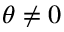
\theta \neq 0